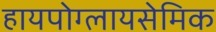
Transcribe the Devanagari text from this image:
हायपोग्लायसेमिक